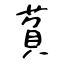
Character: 萯